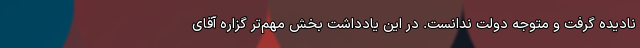
نادیده گرفت و متوجه دولت ندانست. در این یادداشت بخش مهم‌تر گزاره آقای